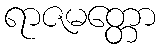
ရာဇမတ္တော